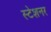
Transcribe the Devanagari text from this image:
स्टेशनर